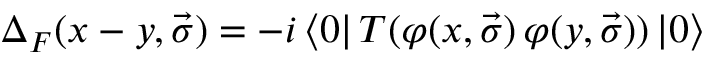
{ \Delta } _ { F } ( x - y , \vec { \sigma } ) = - i \left< 0 \right| T ( \varphi ( x , \vec { \sigma } ) \, \varphi ( y , \vec { \sigma } ) ) \left| 0 \right>